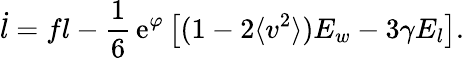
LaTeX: \dot{l}=fl-\frac{1}{6}\, \mathrm{e}^{\varphi}\left[(1-2\langle v^{2}\rangle)E_{w}-3\gamma E_{l}\right].